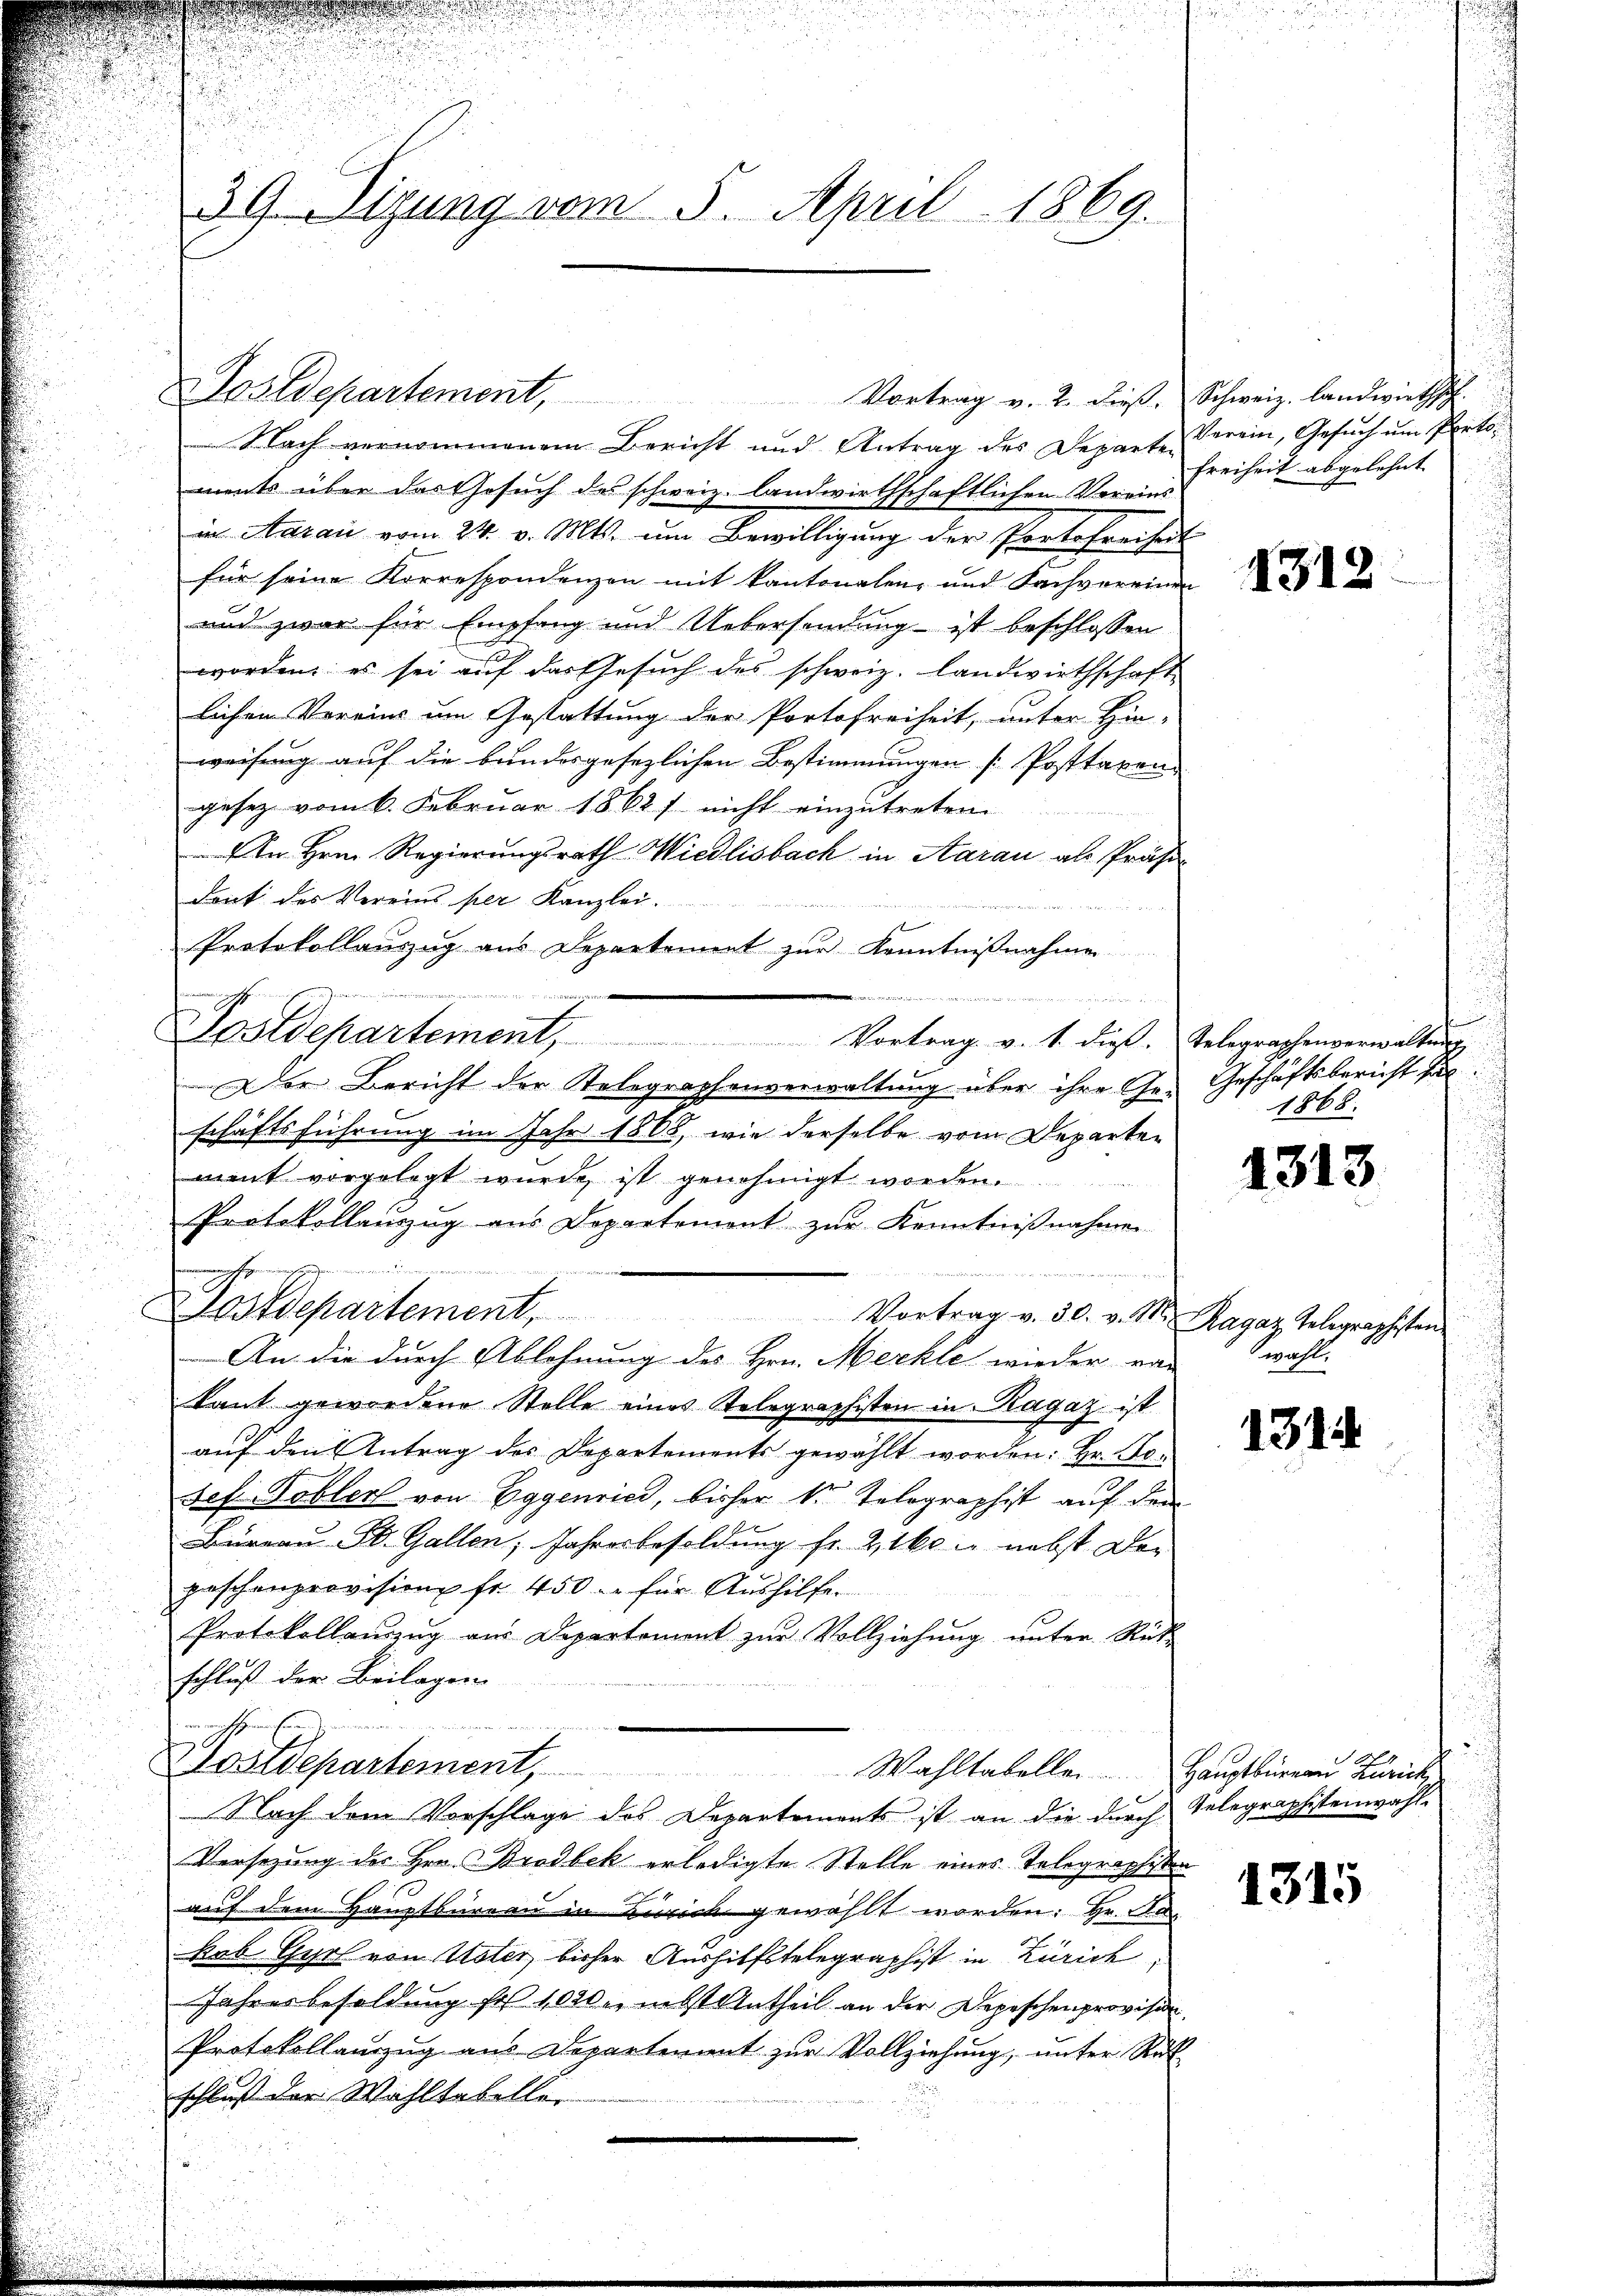
39. Sizung vom 5. April 1869.

Nach vernommenem Bericht und Antrag des Departe Verein, Gesuch um Portoments über das Gesuch des schweiz. landwirthschaftlichen Vereins
in Aarau vom 24. v. Mts. um Bewilligung der Portefreiheit
für seine Korrespondenzen mit kantonalen- und Sachvereinen
und zwar für Empfang und Uebersendung ist beschlossen
worden es sei auf das Gesuch des schweiz. Landwirthschaft
lichen Vereins um Gestattung der Portofreiheit, unter Hin-
weisung auf die bundesgesezlichen Bestimmungen [Posttaxen
gesez vom 6. Februar 1862) nicht einzutreten.
In Hrn. Regierungsrath Wiedlisbach in Aarau als Präsidont des Vereins per Kanzlei.
Protokollauszug aus Departement zur Kenntnißnahme
dn au

Der Bericht der Telegraphenverwaltung über ihre Ge- Geschäftsbericht hal
schäftsführung im Jahr 1808, wie derselbe vom Departen
ment vorgelegt wurde ist genehmigt worden
Protokollauszug aus Departement zur Kenntnißnahmen
n
e
Dostdepartement
Vortrag v. 30. v. M. Ragaz Telegraphiston
An die durch Ablehnung des Hrn. Merkle wieder von
kant gewordene Stelle eines Relegraphisten in Ragaz ist
aŭf den Antrag des Departements gewählt worden: Hr. Bosef Tobler von Eggenried, bisher k. Telographist auf dem
Büreau St. Gallen, Jahresbesoldung fr. Zt. nebst Depaschenprovision fr. 450. für Aushilfe.
Protokollanzŭg aŭs Departement zŭr Vollziehŭng ŭnter Rüt-
schluß der Beilagen
u
Postdepartement, Wahltabeller Hauptbüreau Zürich
Nach dem Vorschlage des Departements ist an die durch Telegraphistenwahl-
Versezung des Hrn. Brodbek erledigte Stelle eines Telegraphisten
auf dem Hauptbureau in Zürich gewählt worden: Hr. Pakab Gyr von Uster, bisher Aushilfstelegraphist in Zürich
Jahresbesoldung sol 1000. nebst Antheil an der Depeschenprovision
Protokollanzug aus Departeramt zur Vollziehung, unter Rück
schluß der Wahltabeller

Postdepartement,

Sostchartement, Vortrag v. 1. die Telegraphenverwaltŭng,

Vortrag v. 2. dieß. Schweiz. landwirthsch

Freiheit abgelehnt

1312

1868.

1313

wahl.

1314

A

1315